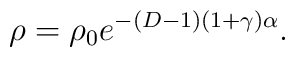
\rho = \rho_0 e^{-(D-1)(1+\gamma) \alpha}.